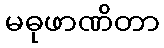
မဓုဖာဏိတာ